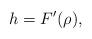
LaTeX: \begin{align*}h=F^{\prime}(\rho),\end{align*}